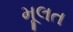
મૂલત